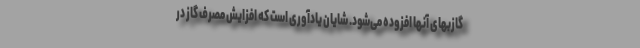
گازبهای آنها افزوده می‌شود. شایان یادآوری است که افزایش مصرف گاز در